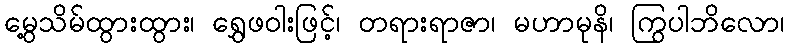
မွေ့သိမ်ထွားထွား၊ ရွှေဖဝါးဖြင့်၊ တရားရာဇာ၊ မဟာမုနိ၊ ကြွပါဘိလော၊